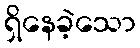
ရှိနေခဲ့သော